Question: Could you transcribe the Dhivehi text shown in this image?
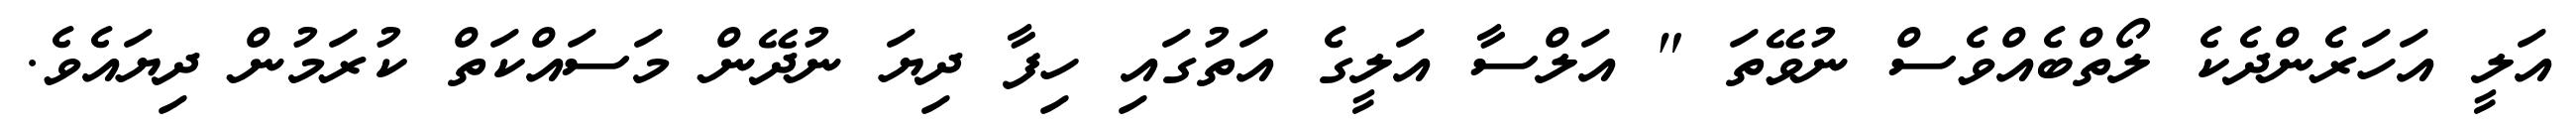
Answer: އަލީ އަހަރެންދެކެ ލޯތްބެއްވެސް ނުވޭތަ " އަލްސާ އަލީގެ އަތުގައި ހިފާ ދިޔަ ނުދޭން މަސައްކަތް ކުރަމުން ދިޔައެވެ.